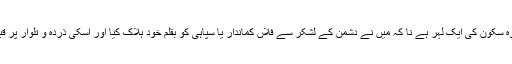
اور جو وہ سکون کی ایک لہر ہے نا کہ میں نے دشمن کے لشکر سے فلاں کماندار یا سپاہی کو بقلم خود ہلاک کیا اور اسکی ذردہ و تلوار پر قبضہ کیا۔